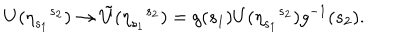
U ( { \eta } _ { s _ { 1 } } { } ^ { s _ { 2 } } ) \rightarrow { \tilde { U } } ( { \eta } _ { s _ { 1 } } { } ^ { s _ { 2 } } ) = g ( s _ { 1 } ) U ( { \eta } _ { s _ { 1 } } { } ^ { s _ { 2 } } ) g ^ { - 1 } ( s _ { 2 } ) .